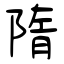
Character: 隋